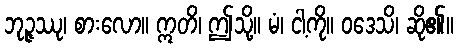
ဘုဉ္ဇဿု၊ စားလော။ ဣတိ၊ ဤသို့။ မံ၊ ငါ့ကို။ ဝဒေသိ၊ ဆို၏။